Scottish Leaving Certificate Examination, 1956
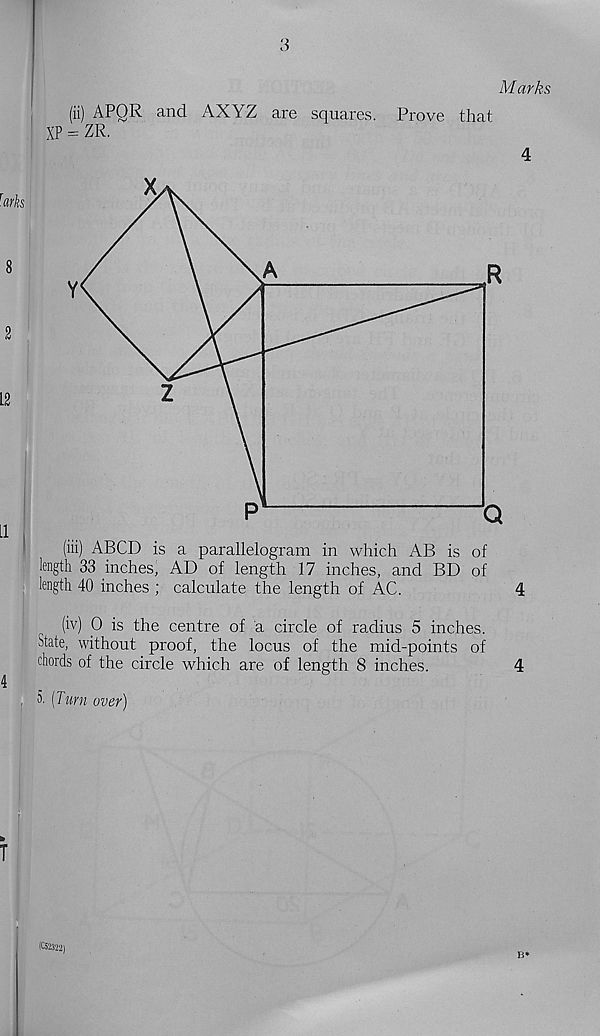
3
Marks
(ii) APQR and AXYZ are squares. Prove that
XP = ZR.
(iii) ABCD is a parallelogram in which AB is of
length 33 inches; AD of length 17 inches, and BD of
length 40 inches ; calculate the length of AC.
4
(iv) 0 is the centre of a circle of radius 5 inches.
State, without proof, the locus of the mid-points of
chords of the circle which are of length 8 inches.
4
5. [Turn over)
(CS2322)
B*